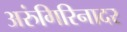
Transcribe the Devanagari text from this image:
अरुंगिरिनादर